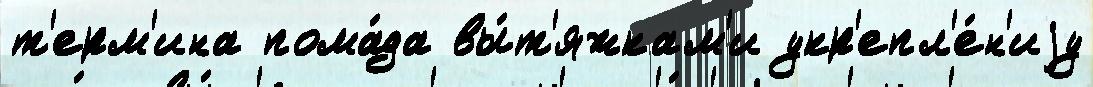
т'ерм'ина пома́да вы́т'яжкам'и укр'епл'е́н'иjу